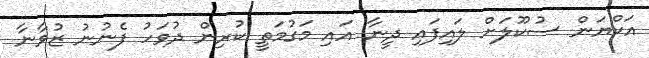
އަކްޔަން ސުކޫލަށް ލައިފައި ދީނާ އައި މަގުމަތީ ކުރިން ދުވަހު ފެނުނު ޒުވާނާ